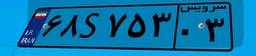
۶۸S۷۵۳۰۳